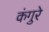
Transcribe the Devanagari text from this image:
कंगुरे